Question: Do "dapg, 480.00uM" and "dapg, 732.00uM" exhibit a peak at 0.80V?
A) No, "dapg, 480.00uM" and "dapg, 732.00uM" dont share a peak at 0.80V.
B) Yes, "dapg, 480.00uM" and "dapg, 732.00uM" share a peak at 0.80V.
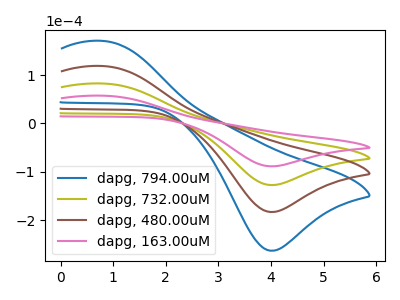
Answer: <think>The blue curve "dapg, 794.00uM" has an anodic peak at (0.80V, 247.65uA) and a cathodic peak at (4.00V, -381.85uA). The olive curve "dapg, 732.00uM" has an anodic peak at (0.80V, 82.55uA) and a cathodic peak at (4.00V, -127.30uA). The brown curve "dapg, 480.00uM" has an anodic peak at (0.80V, 165.10uA) and a cathodic peak at (4.00V, -254.55uA). The pink curve "dapg, 163.00uM" has an anodic peak at (0.80V, 57.45uA) and a cathodic peak at (4.00V, -88.55uA).</think>
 <answer>B) Yes, "dapg, 480.00uM" and "dapg, 732.00uM" share a peak at 0.80V.</answer>
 <eval>B</eval>